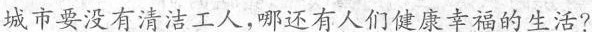
城市要没有清洁工人，哪还有人们健康幸福的生活?